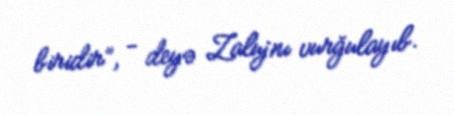
biridir”, - deyə Zalujnı vurğulayıb.